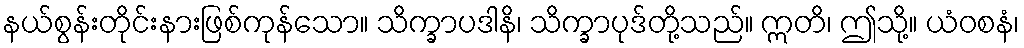
နယ်စွန်းတိုင်းနားဖြစ်ကုန်သော။ သိက္ခာပဒါနိ၊ သိက္ခာပုဒ်တို့သည်။ ဣတိ၊ ဤသို့။ ယံဝစနံ၊